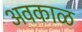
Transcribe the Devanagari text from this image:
अवकाळ